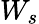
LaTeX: W_{s}